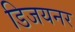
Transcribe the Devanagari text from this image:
डिजयनर